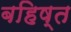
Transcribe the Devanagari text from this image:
बहिष्त